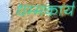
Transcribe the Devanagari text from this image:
धम्मकार्य